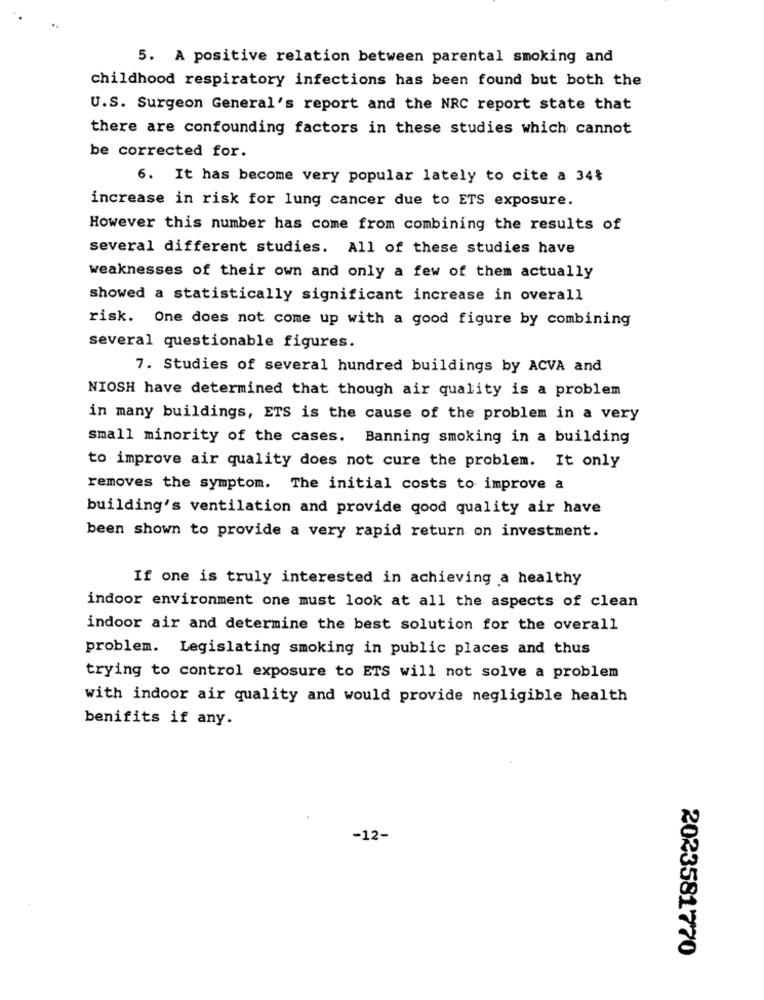
5. A positive relation between parental smoking and
childhood respiratory infections has been found but both the
U.S. Surgeon General's report and the NRC report state that
there are confounding factors in these studies which cannot
be corrected for.
6. It has become very popular lately to cite a 34%
increase in risk for lung cancer due to ETS exposure.
However this number has come from combining the results of
several different studies. All of these studies have
weaknesses of their own and only a few of them actually
showed a statistically significant increase in overall
risk. One does not come up with a good figure by combining
several questionable figures.
7. Studies of several hundred buildings by ACVA and
NIOSH have determined that though air quality is a problem
in many buildings, ETS is the cause of the problem in a very
small minority of the cases. Banning smoking in a building
to improve air quality does not cure the problem. It only
removes the symptom. The initial costs to improve a
building's ventilation and provide good quality air have
been shown to provide a very rapid return on investment.
If one is truly interested in achieving a healthy
indoor environment one must look at all the aspects of clean
indoor air and determine the best solution for the overall
problem. Legislating smoking in public places and thus
trying to control exposure to ETS will not solve a problem
with indoor air quality and would provide negligible health
benifits if any.
-12-
2023581770